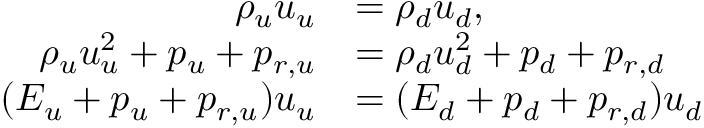
\begin{array} { r l } { \rho _ { u } u _ { u } } & { = \rho _ { d } u _ { d } , } \\ { \rho _ { u } u _ { u } ^ { 2 } + p _ { u } + p _ { r , u } } & { = \rho _ { d } u _ { d } ^ { 2 } + p _ { d } + p _ { r , d } } \\ { ( E _ { u } + p _ { u } + p _ { r , u } ) u _ { u } } & { = ( E _ { d } + p _ { d } + p _ { r , d } ) u _ { d } } \end{array}